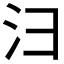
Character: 𪫆